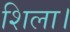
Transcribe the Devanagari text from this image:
शिला।